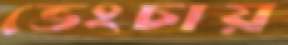
ভেংচায়